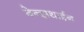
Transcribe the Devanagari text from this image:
बेन्झथाईन